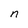
Character: n